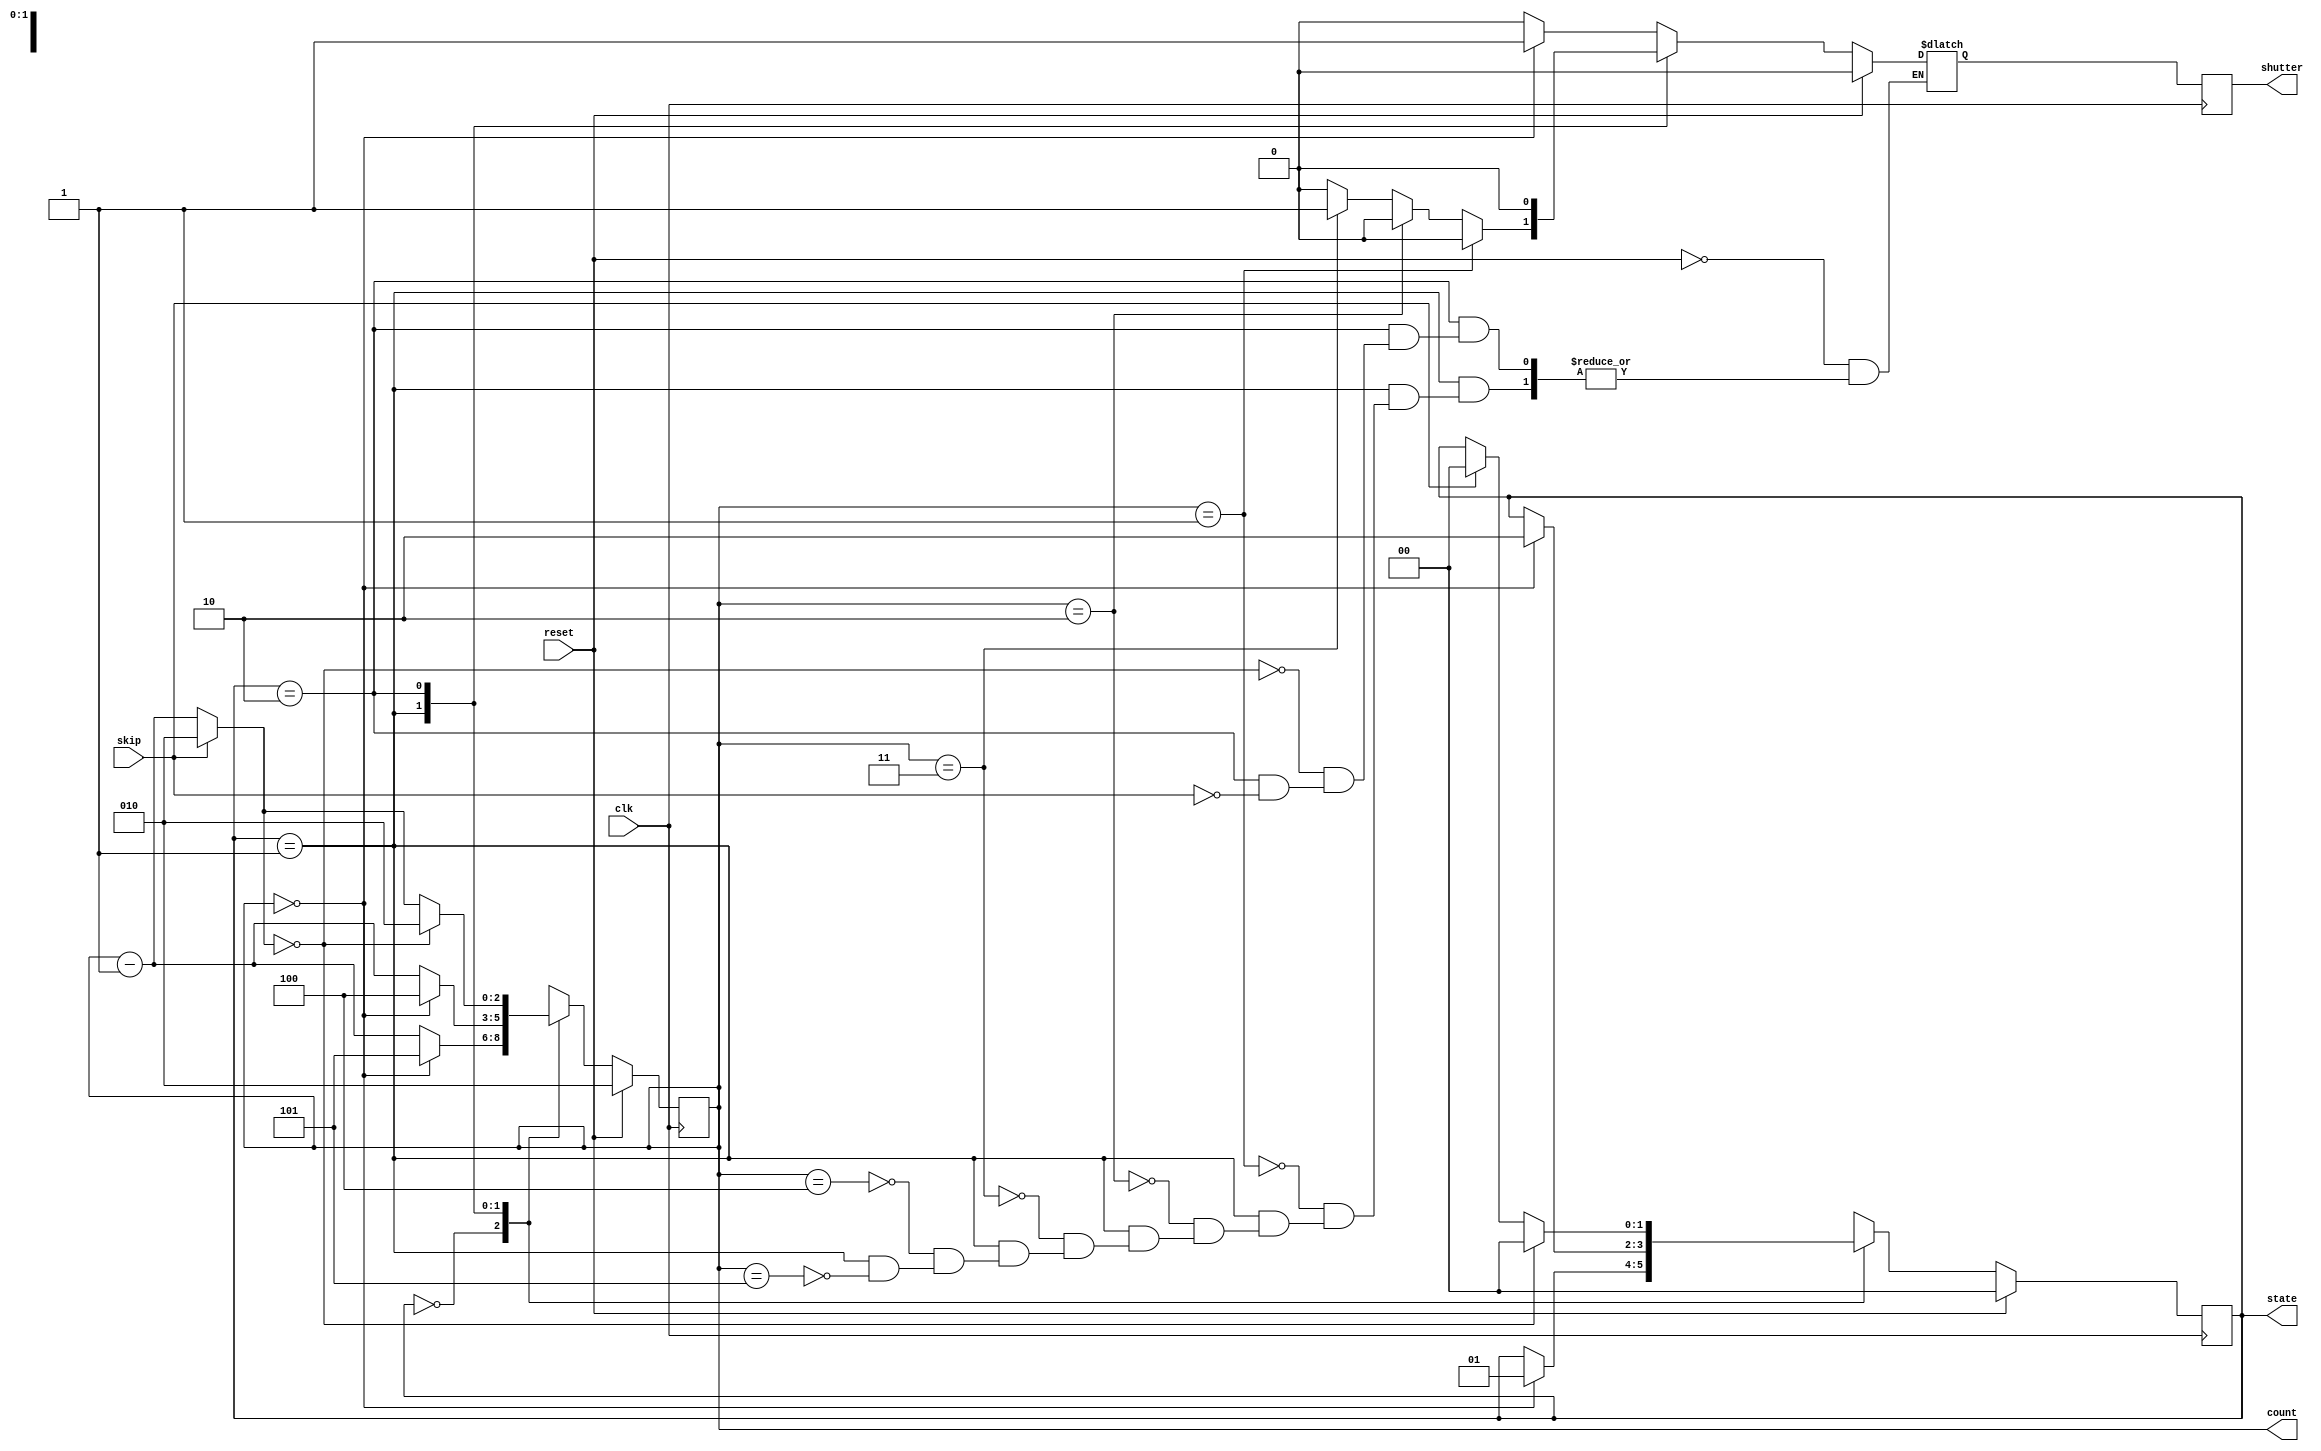
module FSM(
input clk,
input reset,
input skip,
output reg [1:0] state,
output reg [2:0] count,
output reg shutter);

parameter IDLE = 2'b00;
parameter CAMERA_ON = 2'b01;
parameter PROCESS = 2'b10;

reg [1:0] state_c;
reg [2:0] count_c;  //max count = 7 so 3 bit
reg shutter_c;    //output

always @(state or count or reset or skip) begin  // on every positive clock egde or reset or skip changes enter always block ! 
//default
state_c=state;
count_c=count - 3'b001;               // Default down count by 1

case(state)
IDLE:
begin
shutter_c=1'b0;
if (count == 3'b000)
begin
state_c=CAMERA_ON;
count_c=3'b101;
shutter_c=1'b1;
end
end
CAMERA_ON:
begin
if(count == 3'b101)
begin
shutter_c=0;
end
if(count == 3'b100)
begin
shutter_c=0;
end
if(count == 3'b011)
begin
shutter_c=1;
end
if(count == 3'b010)
begin
shutter_c=0;
end
if(count == 3'b001)
begin
shutter_c=0;
end
if(count == 3'b000)
begin
state_c=PROCESS;
count_c= 3'b100;
end
end
PROCESS:
begin
if(skip == 1'b1)
begin
state_c=IDLE;
count_c=3'b010;    // set to 2 so that it counts for 3 cycles
shutter_c=1'b0;
end
if(count_c == 3'b000)
begin
state_c=IDLE;
count_c=3'b010;     
shutter_c=1'b0;
end
end
default:
begin
state_c=2'bxx;
count_c=3'bxxx;
shutter_c=1'bx;
end
endcase

if(reset==1'b1)
begin
state_c=IDLE;
count_c=3'b010; 
shutter_c=1'b0;
end
end

always @ (posedge clk)
begin
state <= #1 state_c;
count <= #1 count_c;
shutter <= #1 shutter_c;
end
endmodule